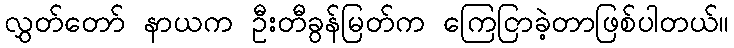
လွှတ်တော် နာယက ဦးတီခွန်မြတ်က ကြေငြာခဲ့တာဖြစ်ပါတယ်။